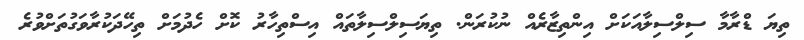
ތިޔަ ޑްރާމާ ސިލްސިލާއަކަށް އިންތިޒާރެއް ނުކުރަން. ތިޔަސިލްސިލާތައް އިސްތިހާރު ކޮށް ހެދުމަށް ތިހޭދަކުރާވަގުތަށްވުރެ